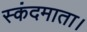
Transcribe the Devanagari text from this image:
स्कंदमाता।